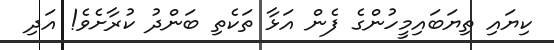
ކިޔައި ތިޔަބައިމީހުންގެ ފެން އަޅާ ތަކެތި ބަންދު ކުރާށެވެ! އަދި